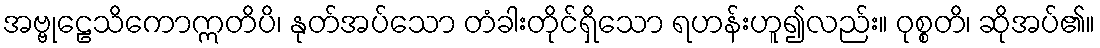
အဗ္ဗုဠေသိကောဣတိပိ၊ နုတ်အပ်သော တံခါးတိုင်ရှိသော ရဟန်းဟူ၍လည်း။ ဝုစ္စတိ၊ ဆိုအပ်၏။